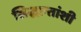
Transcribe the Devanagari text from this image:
सिद्धान्तांशी